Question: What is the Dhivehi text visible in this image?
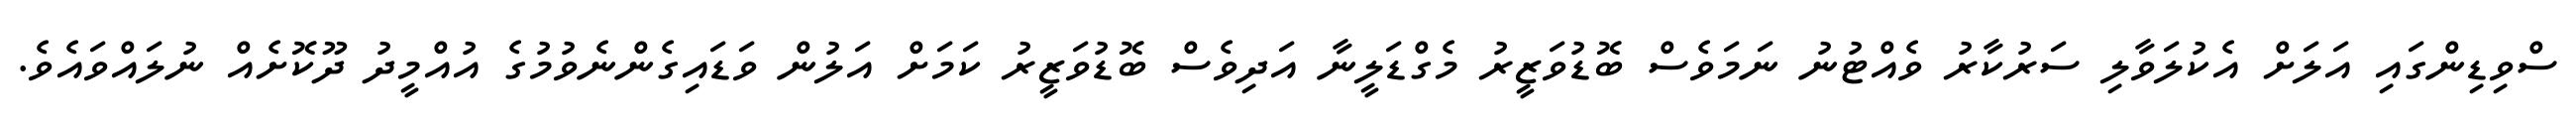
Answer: ސްވިޑިންގައި އަލަށް އެކުލަވާލި ސަރުކާރު ވެއްޓުނު ނަމަވެސް ބޮޑުވަޒީރު މެގްޑަލީނާ އަދިވެސް ބޮޑުވަޒީރު ކަމަށް އަލުން ވަޑައިގެންނެވުމުގެ އުއްމީދު ދޫކޮށެއް ނުލައްވައެވެ.